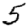
Digit: 5